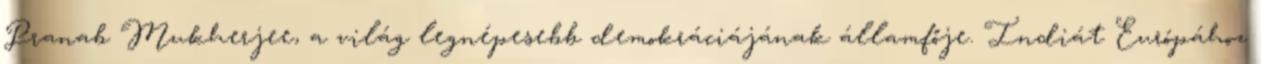
Pranab Mukherjee, a világ legnépesebb demokráciájának államfője. Indiát Európához